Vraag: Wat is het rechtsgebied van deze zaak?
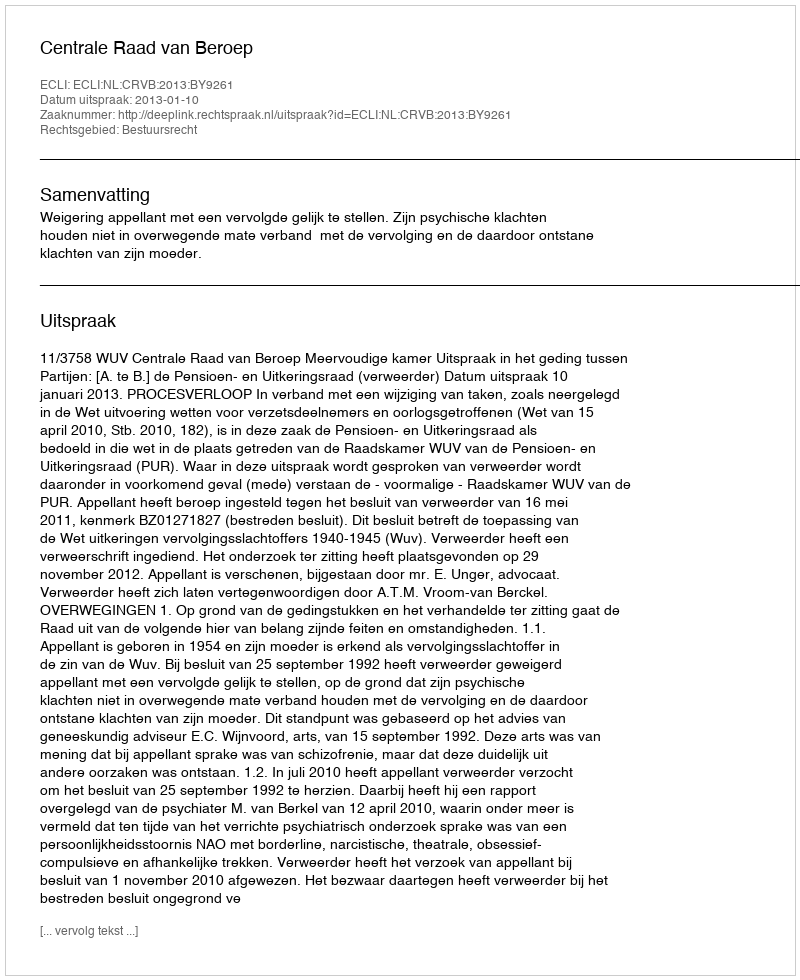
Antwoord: Bestuursrecht